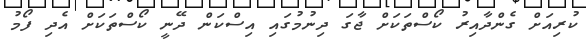
ކުރިއަށް ގެންދާއިރު ކޯސްތަކަށް ޖާގަ ދިނުމުގައި އިސްކަން ދޭނީ ކޯސްތަކަށް އެދި ފޯމު